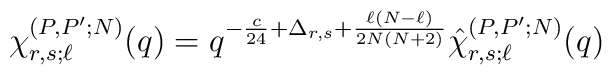
\chi_{r,s;\ell}^{(P,P';N)}(q)=q^{-\frac{c}{24}+\Delta_{r,s}+\frac{\ell(N-\ell)}{2N(N+2)}}\hat{\chi}_{r,s;\ell}^{(P,P';N)}(q)